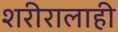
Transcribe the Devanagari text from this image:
शरीरालाही